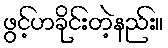
ဖွင့်ဟခိုင်းတဲ့နည်း။